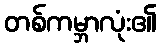
တစ်ကမ္ဘာလုံး၏